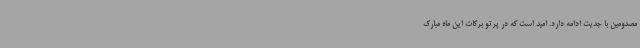
مصدومین با جدیت ادامه دارد. امید است که در پرتو برکات این ماه مبارک